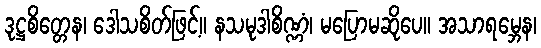
ဒုဋ္ဌစိတ္တေန၊ ဒေါသစိတ်ဖြင့်။ နသမုဒါစိဏ္ဏံ၊ မပြောမဆိုပေ။ အသာရမ္ဘေန၊